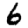
Digit: 6